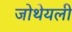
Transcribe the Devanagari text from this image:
जोथेयली